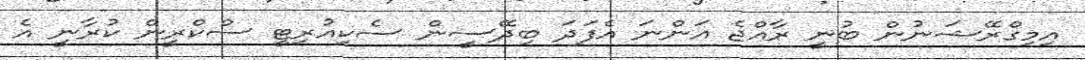
އިމިގްރޭޝަނުން ބުނީ ރާއްޖެ އަންނަ އެފަދަ ބިދޭސީން ސެކިއުރިޓީ ސްކްރީން ކުރާނީ އެ